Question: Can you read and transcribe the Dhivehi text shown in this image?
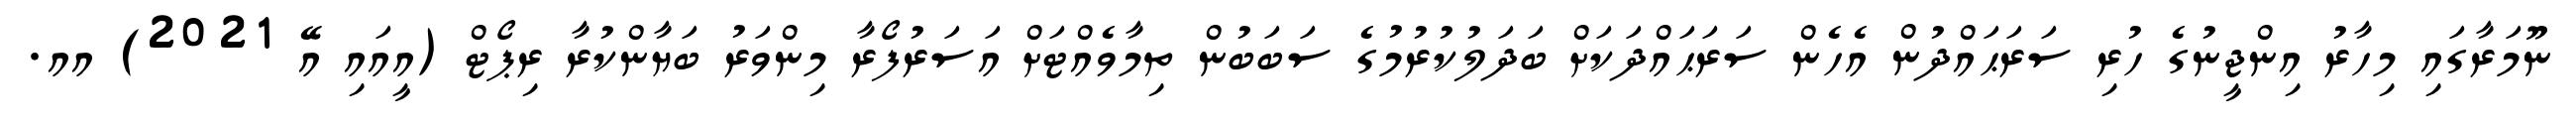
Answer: ނޫމަރާގައި މިހާރު އިންޖީނުގެ ހުރި ސަރަޙައްދުން އެހެން ސަރަޙައްދަކަށް ބަދަލުކުރުމުގެ ސަބަބުން ތިމާވެއްޓަށް އަސަރުފޯރާ މިންވަރު ބަޔާންކުރާ ރިޕޯޓް (އީއައި އޭ 2021) އއ.